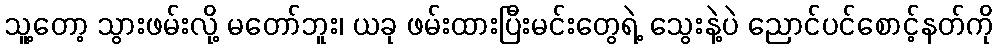
သူ့တော့ သွားဖမ်းလို့ မတော်ဘူး၊ ယခု ဖမ်းထားပြီးမင်းတွေရဲ့ သွေးနဲ့ပဲ ညောင်ပင်စောင့်နတ်ကို